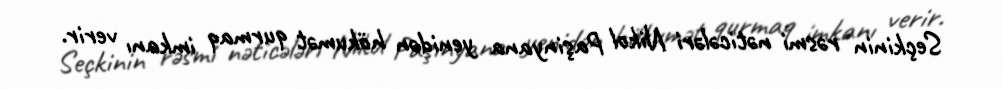
Seçkinin rəsmi nəticələri Nikol Paşinyana yenidən hökumət qurmaq imkanı verir.